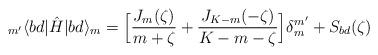
LaTeX: \begin{align*}_{m'}\langle bd |\hat{H}| bd\rangle_m = \Big[\frac{J_m(\zeta)}{m+\zeta} + \frac{J_{K-m}(-\zeta)}{K-m-\zeta}\Big]\delta_m^{m'}+S_{bd}(\zeta)\end{align*}